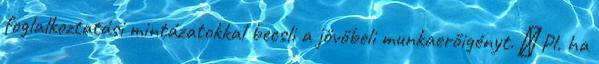
foglalkoztatási mintázatokkal becsli a jövőbeli munkaerőigényt. ◦ Pl. ha